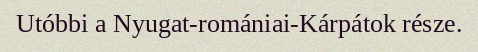
Utóbbi a Nyugat-romániai-Kárpátok része.